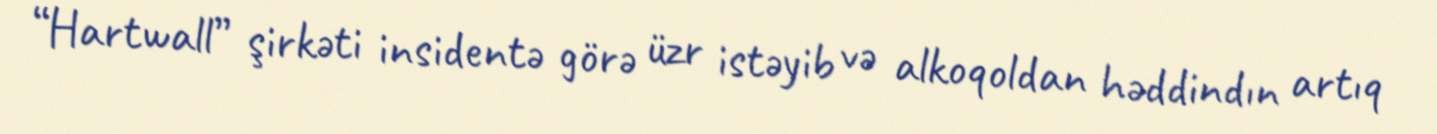
“Hartwall” şirkəti insidentə görə üzr istəyib və alkoqoldan həddindın artıq